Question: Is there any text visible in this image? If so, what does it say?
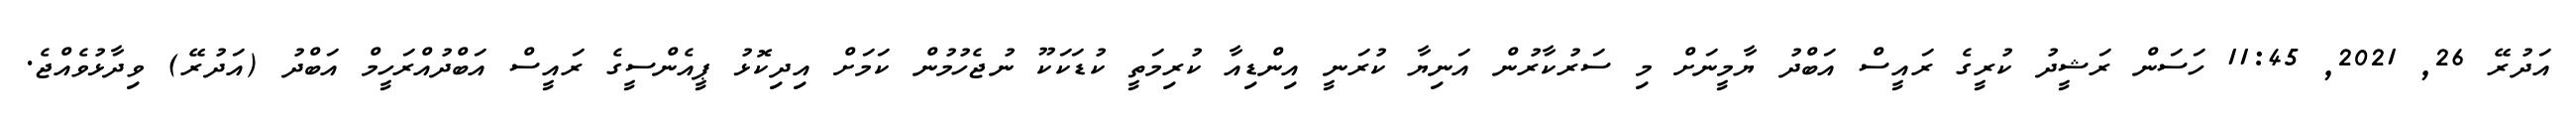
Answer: އަދުރޭ 26, 2021, 11:45 ހަސަން ރަޝީދު ކުރީގެ ރައީސް އަބްދު ޔާމީނަށް މި ސަރުކާރުން އަނިޔާ ކުރަނީ އިންޑިއާ ކުރިމަތީ ކުޑަކަކޫ ނުޖެހުމުން ކަމަށް އިދިކޮޅު ޕީއެންސީގެ ރައީސް އަބްދުއްރަހީމް އަބްދު (އަދުރޭ) ވިދާޅުވެއްޖެ.